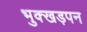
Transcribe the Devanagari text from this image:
भुक्खड़पन